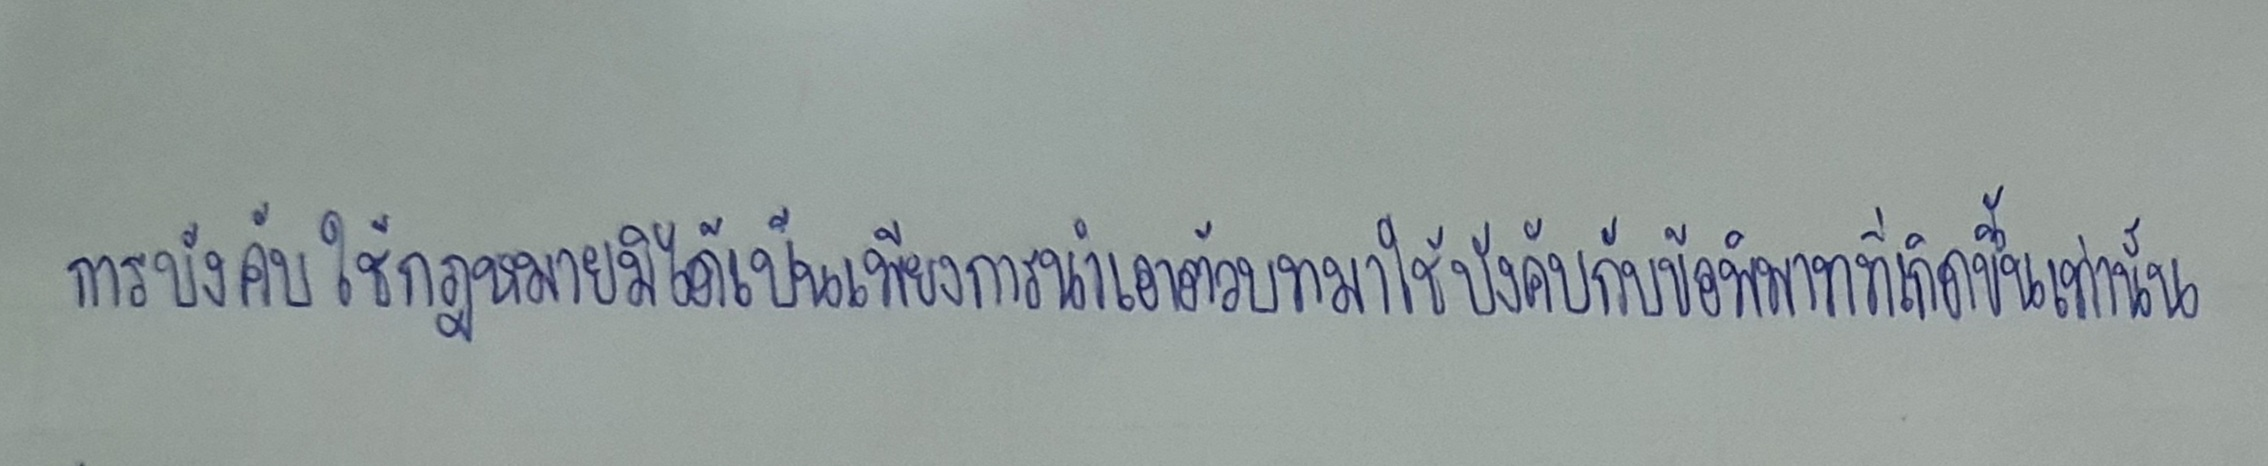
การบังคับใช้กฎหมายมิได้เป็นเพียงการนำเอาตัวบทมาใช้บังคับกับข้อพิพาทที่เกิดขึ้นเท่านั้น